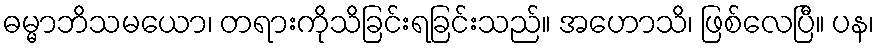
ဓမ္မာဘိသမယော၊ တရားကိုသိခြင်းရခြင်းသည်။ အဟောသိ၊ ဖြစ်လေပြီ။ ပန၊